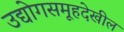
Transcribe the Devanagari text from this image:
उद्योगसमूहदेखील